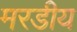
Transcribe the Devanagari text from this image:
मरडीय